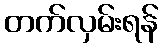
တက်လှမ်းရန်